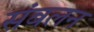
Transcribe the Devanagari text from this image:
संबलन